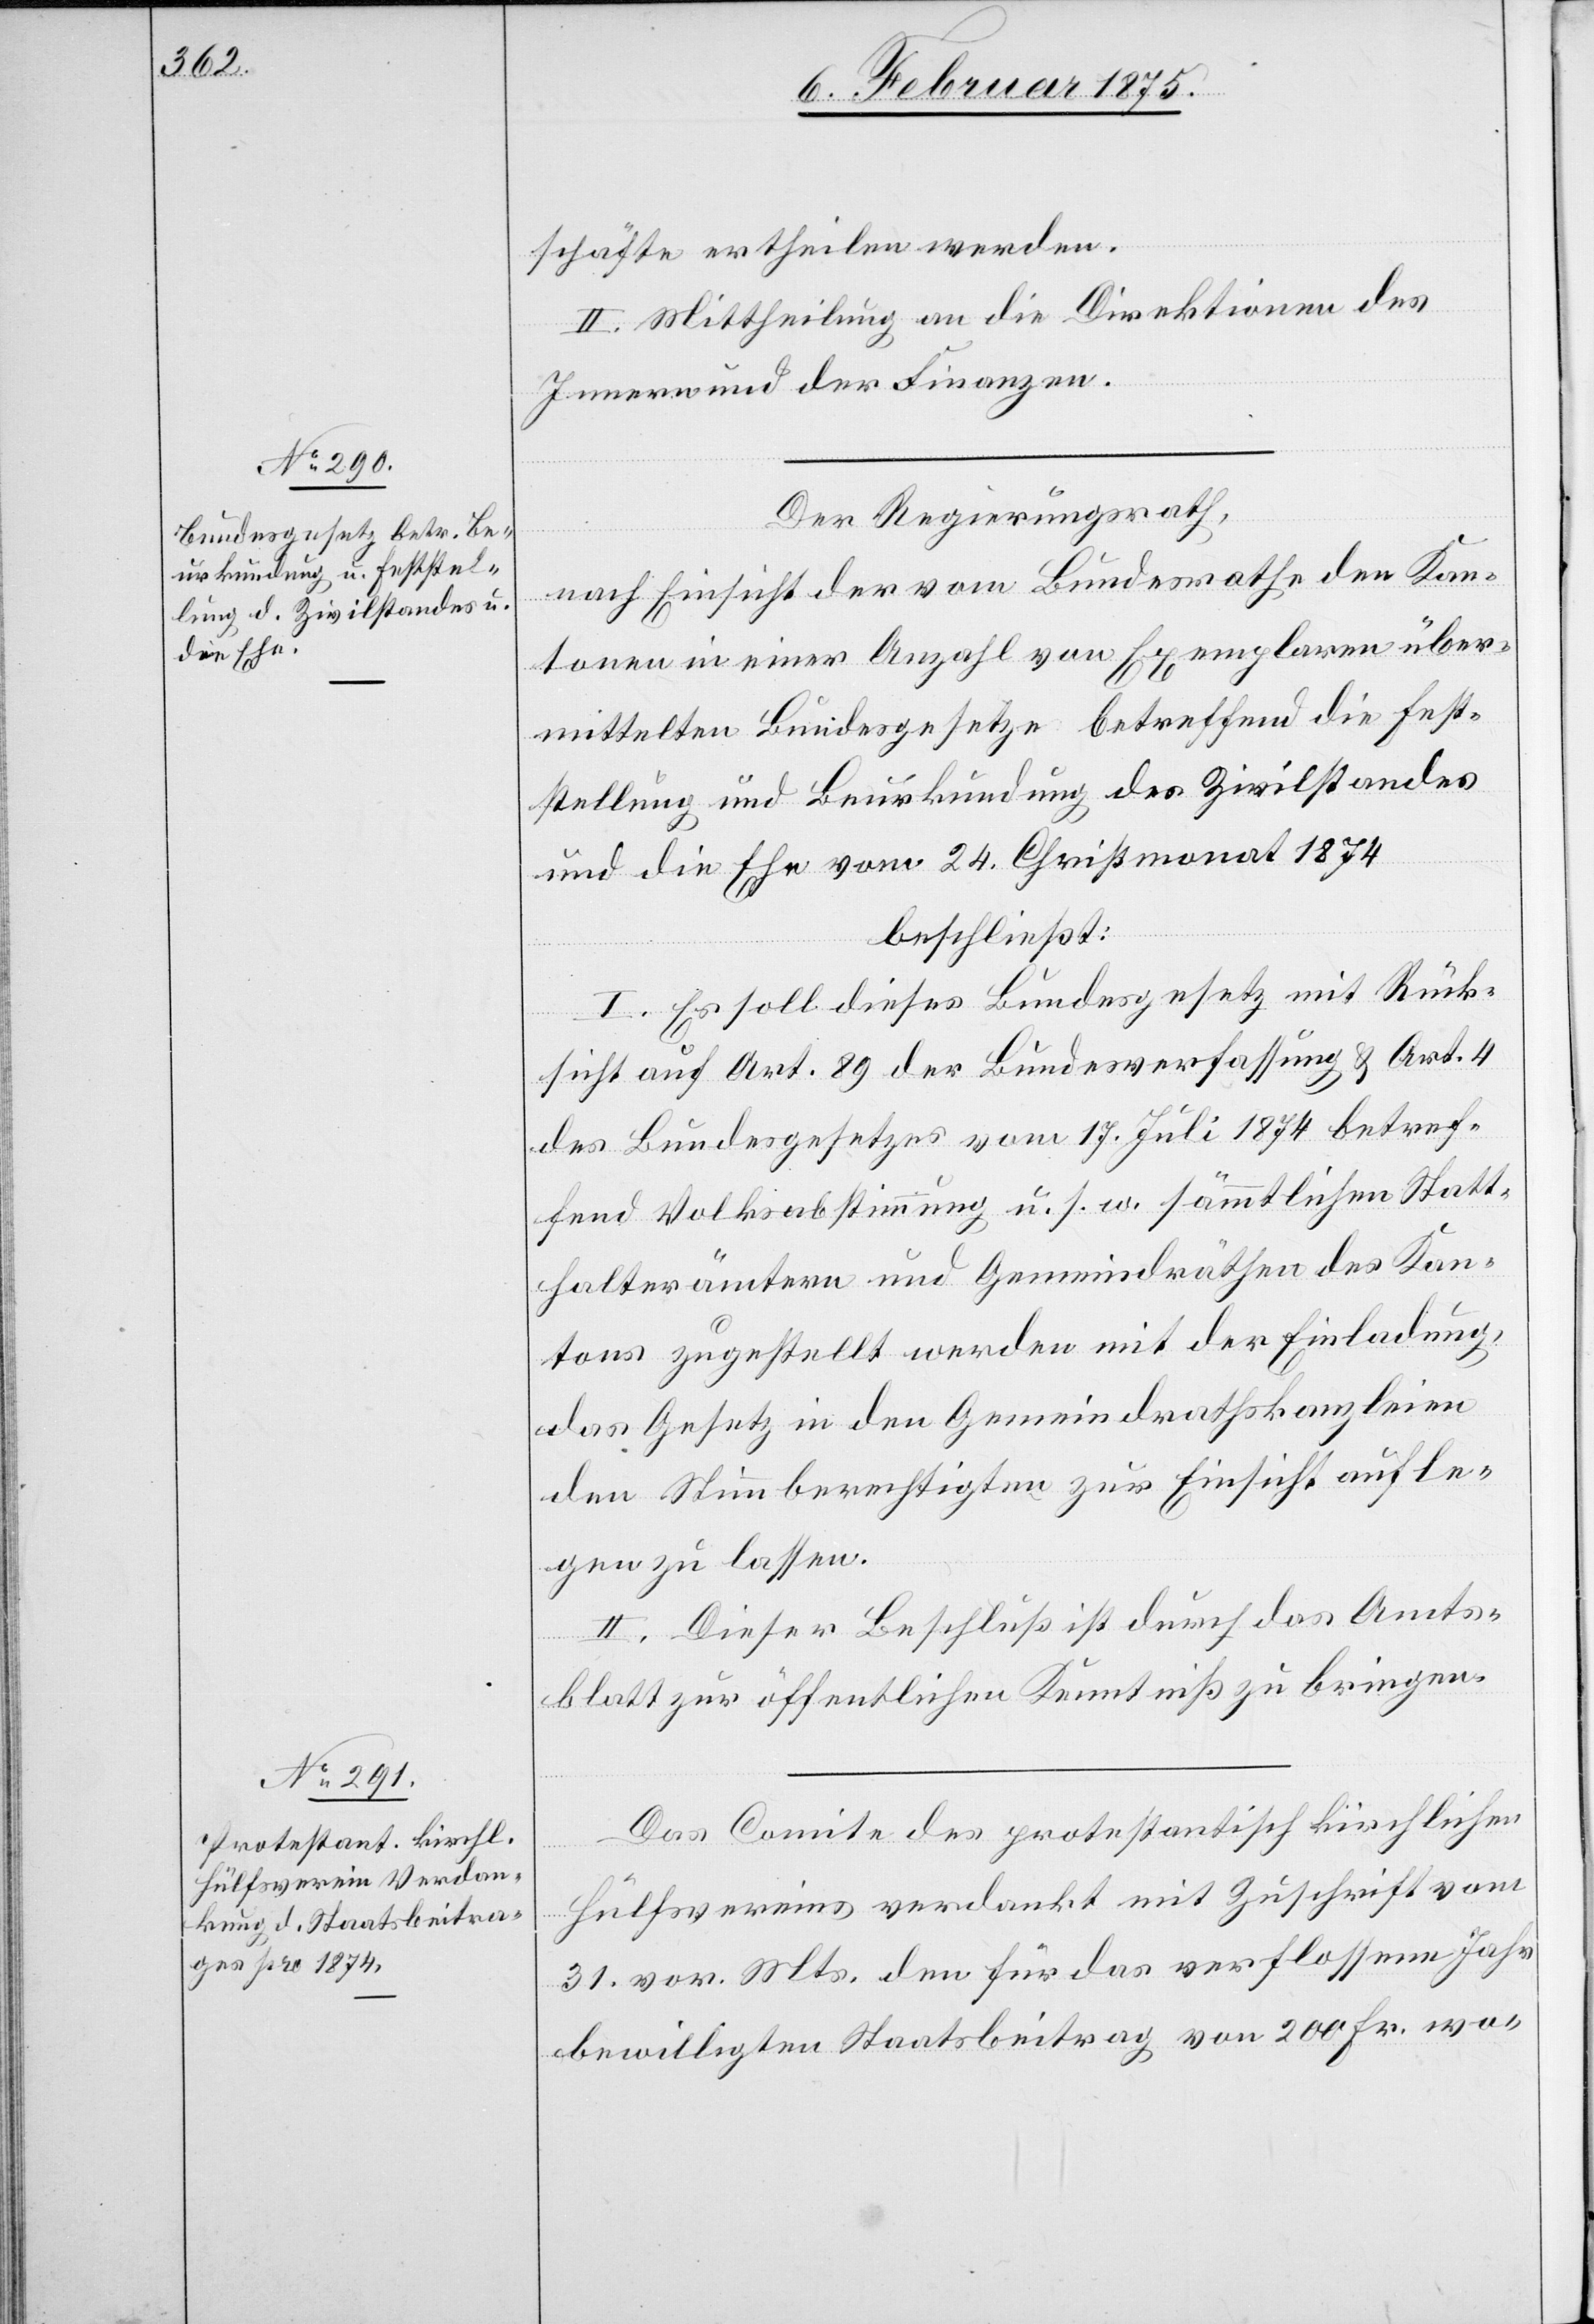
schäfte ertheilen werden.
II. Mittheilung an die Direktionen des
Innern und der Finanzen.
Der Regierungsrath,
nach Einsicht der vom Bundesrathe den Kan¬
tonen in einer Anzahl von Exemplaren über¬
mittelten Bundesgesetze betreffend die Fest¬
stellung und Beurkundung des Zivilstandes
und die Ehe vom 24. Christmonat 1874
beschließt:
I. Es soll dieses Bundesgesetz mit Rück¬
sicht auf Art. 89 der Bundesverfassung & Art. 4
des Bundesgesetzes vom 17. Juli 1874 betref¬
fend Volksabstimmung u. s. w. sämmtlichen Statt¬
halterämtern und Gemeindräthen des Kan¬
tons zugestellt werden mit der Einladung,
das Gesetz in den Gemeindrathskanzleien
den Stimmberechtigten zur Einsicht aufle¬
gen zu lassen.
II. Dieser Beschluß ist durch das Amts¬
blatt zur öffentlichen Kenntniß zu bringen.
Das Comite des protestantisch kirchlichen
Hülfsvereins verdankt mit Zuschrift vom
31. vor. Mts. den für das verflossene Jahr
bewilligte Staatsbeitrag von 200 Fr. wo-